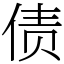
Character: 债